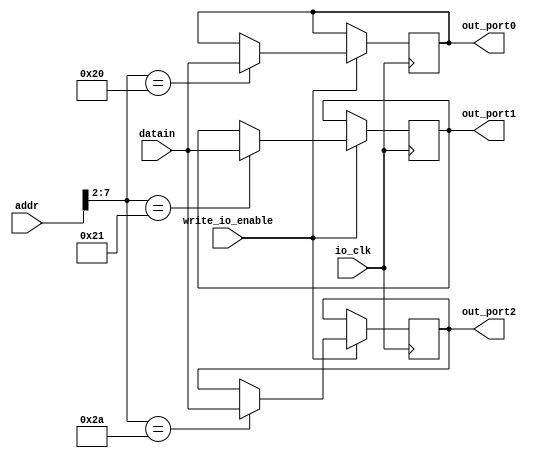
module io_output (addr,datain,write_io_enable,io_clk,out_port0,out_port1,out_port2);
   input [31:0] addr,datain;
	input        write_io_enable,io_clk;
	output [31:0] out_port0,out_port1,out_port2;
	
	reg    [31:0] out_port0;
	reg    [31:0] out_port1;
	reg    [31:0] out_port2;
	
	always@(posedge io_clk)
	begin
		if(write_io_enable == 1)
			case(addr[7:2])
				6'b100000:out_port0=datain;//80h
				6'b100001:out_port1=datain;//84h
				//6'b100010:out_port2=datain;//88h
				6'b101010:out_port2=datain;//A8h
			endcase
	end
endmodule